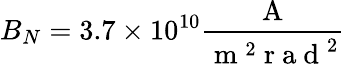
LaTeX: B_{N}=3.7\times 10^{10}\frac{\mathrm{~A~}}{\mathrm{~m~}^{2}\mathrm{~r~a~d~}^{2}}